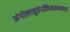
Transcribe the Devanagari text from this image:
अंगोलाबुरुंडीकैमरुनमध्य